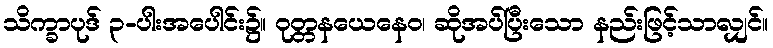
သိက္ခာပုဒ် ၃-ပါးအပေါင်း၌။ ဝုတ္တနယေနေဝ၊ ဆိုအပ်ပြီးသော နည်းဖြင့်သာလျှင်။